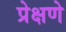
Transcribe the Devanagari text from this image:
प्रेक्षणे